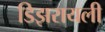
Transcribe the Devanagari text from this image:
डिझरायली